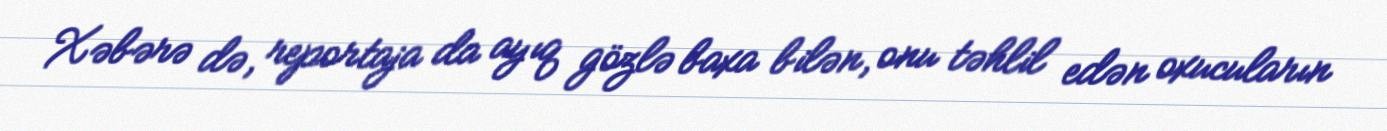
Xəbərə də, reportaja da ayıq gözlə baxa bilən, onu təhlil edən oxucuların